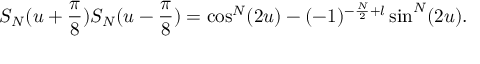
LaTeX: S _ { N } ( u + \frac { \pi } { 8 } ) S _ { N } ( u - \frac { \pi } { 8 } ) = \cos ^ { N } ( 2 u ) - ( - 1 ) ^ { - \frac { N } { 2 } + l } \sin ^ { N } ( 2 u ) .